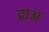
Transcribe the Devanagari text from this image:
द्वाअ